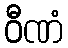
ဝီဏံ